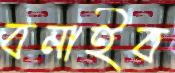
বনাইব